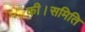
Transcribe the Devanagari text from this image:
की।समिति